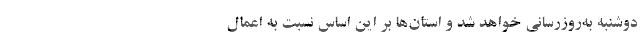
دوشنبه به‌روزرسانی خواهد شد و استان‌ها بر این اساس نسبت به اعمال